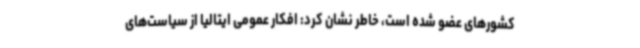
کشورهای عضو شده است، خاطر نشان کرد: افکار عمومی ایتالیا از سیاست‌های